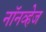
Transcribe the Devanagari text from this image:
नॉनव्हेज